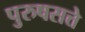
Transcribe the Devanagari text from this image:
पुरुषसत्ते